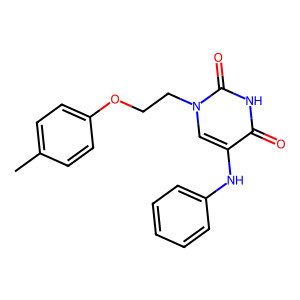
SMILES: Cc1ccc(OCCn2cc(Nc3ccccc3)c(=O)[nH]c2=O)cc1
Inhibits HIV replication: No